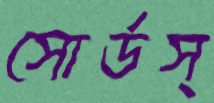
সোর্ডস্